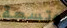
وتسعة